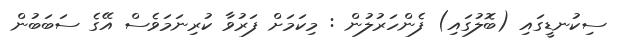
ސިކުނޑީގައި (ބޮލުގައި) ފެންހަރުލުން : މިކަމަށް ފަރުވާ ކުރިނަމަވެސް އޭގެ ސަބަބުން